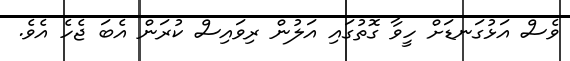
ވެސް އަޅުގަނޑަށް ހީވާ ގޮތުގައި އަލުން ރިވައިސް ކުރަން އެބަ ޖެހެ އެވެ.